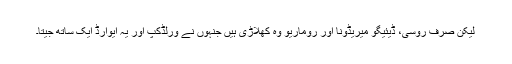
لیکن صرف روسی، ڈیئیگو میریڈونا اور روماریو وہ کھلاڑی ہیں جنہوں نے ورلڈکپ اور یہ ایوارڈ ایک ساتھ جیتا۔